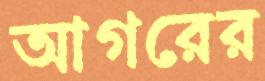
আগরের